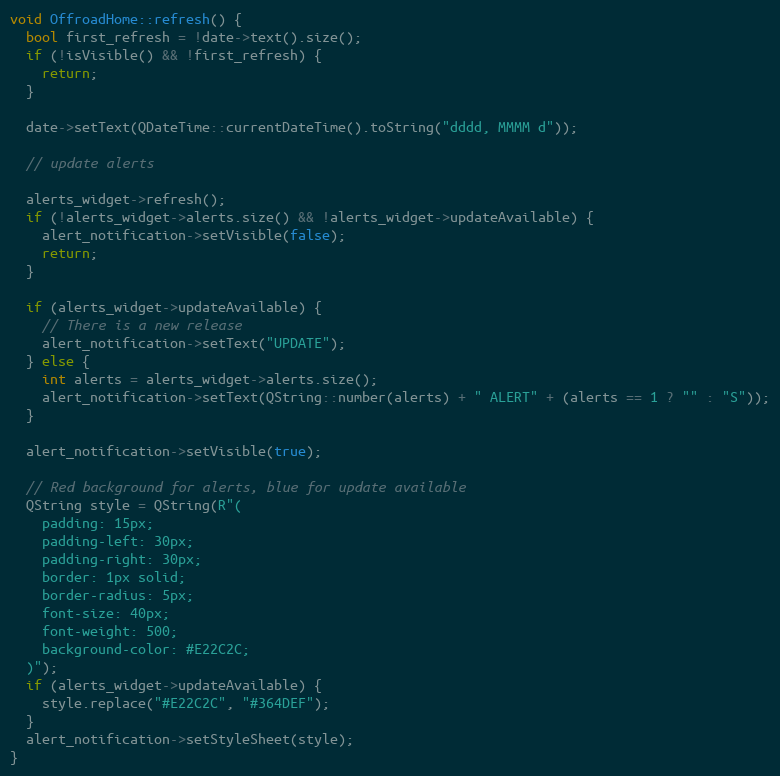
Language: C++
void OffroadHome::refresh() {
  bool first_refresh = !date->text().size();
  if (!isVisible() && !first_refresh) {
    return;
  }

  date->setText(QDateTime::currentDateTime().toString("dddd, MMMM d"));

  // update alerts

  alerts_widget->refresh();
  if (!alerts_widget->alerts.size() && !alerts_widget->updateAvailable) {
    alert_notification->setVisible(false);
    return;
  }

  if (alerts_widget->updateAvailable) {
    // There is a new release
    alert_notification->setText("UPDATE");
  } else {
    int alerts = alerts_widget->alerts.size();
    alert_notification->setText(QString::number(alerts) + " ALERT" + (alerts == 1 ? "" : "S"));
  }

  alert_notification->setVisible(true);

  // Red background for alerts, blue for update available
  QString style = QString(R"(
    padding: 15px;
    padding-left: 30px;
    padding-right: 30px;
    border: 1px solid;
    border-radius: 5px;
    font-size: 40px;
    font-weight: 500;
    background-color: #E22C2C;
  )");
  if (alerts_widget->updateAvailable) {
    style.replace("#E22C2C", "#364DEF");
  }
  alert_notification->setStyleSheet(style);
}